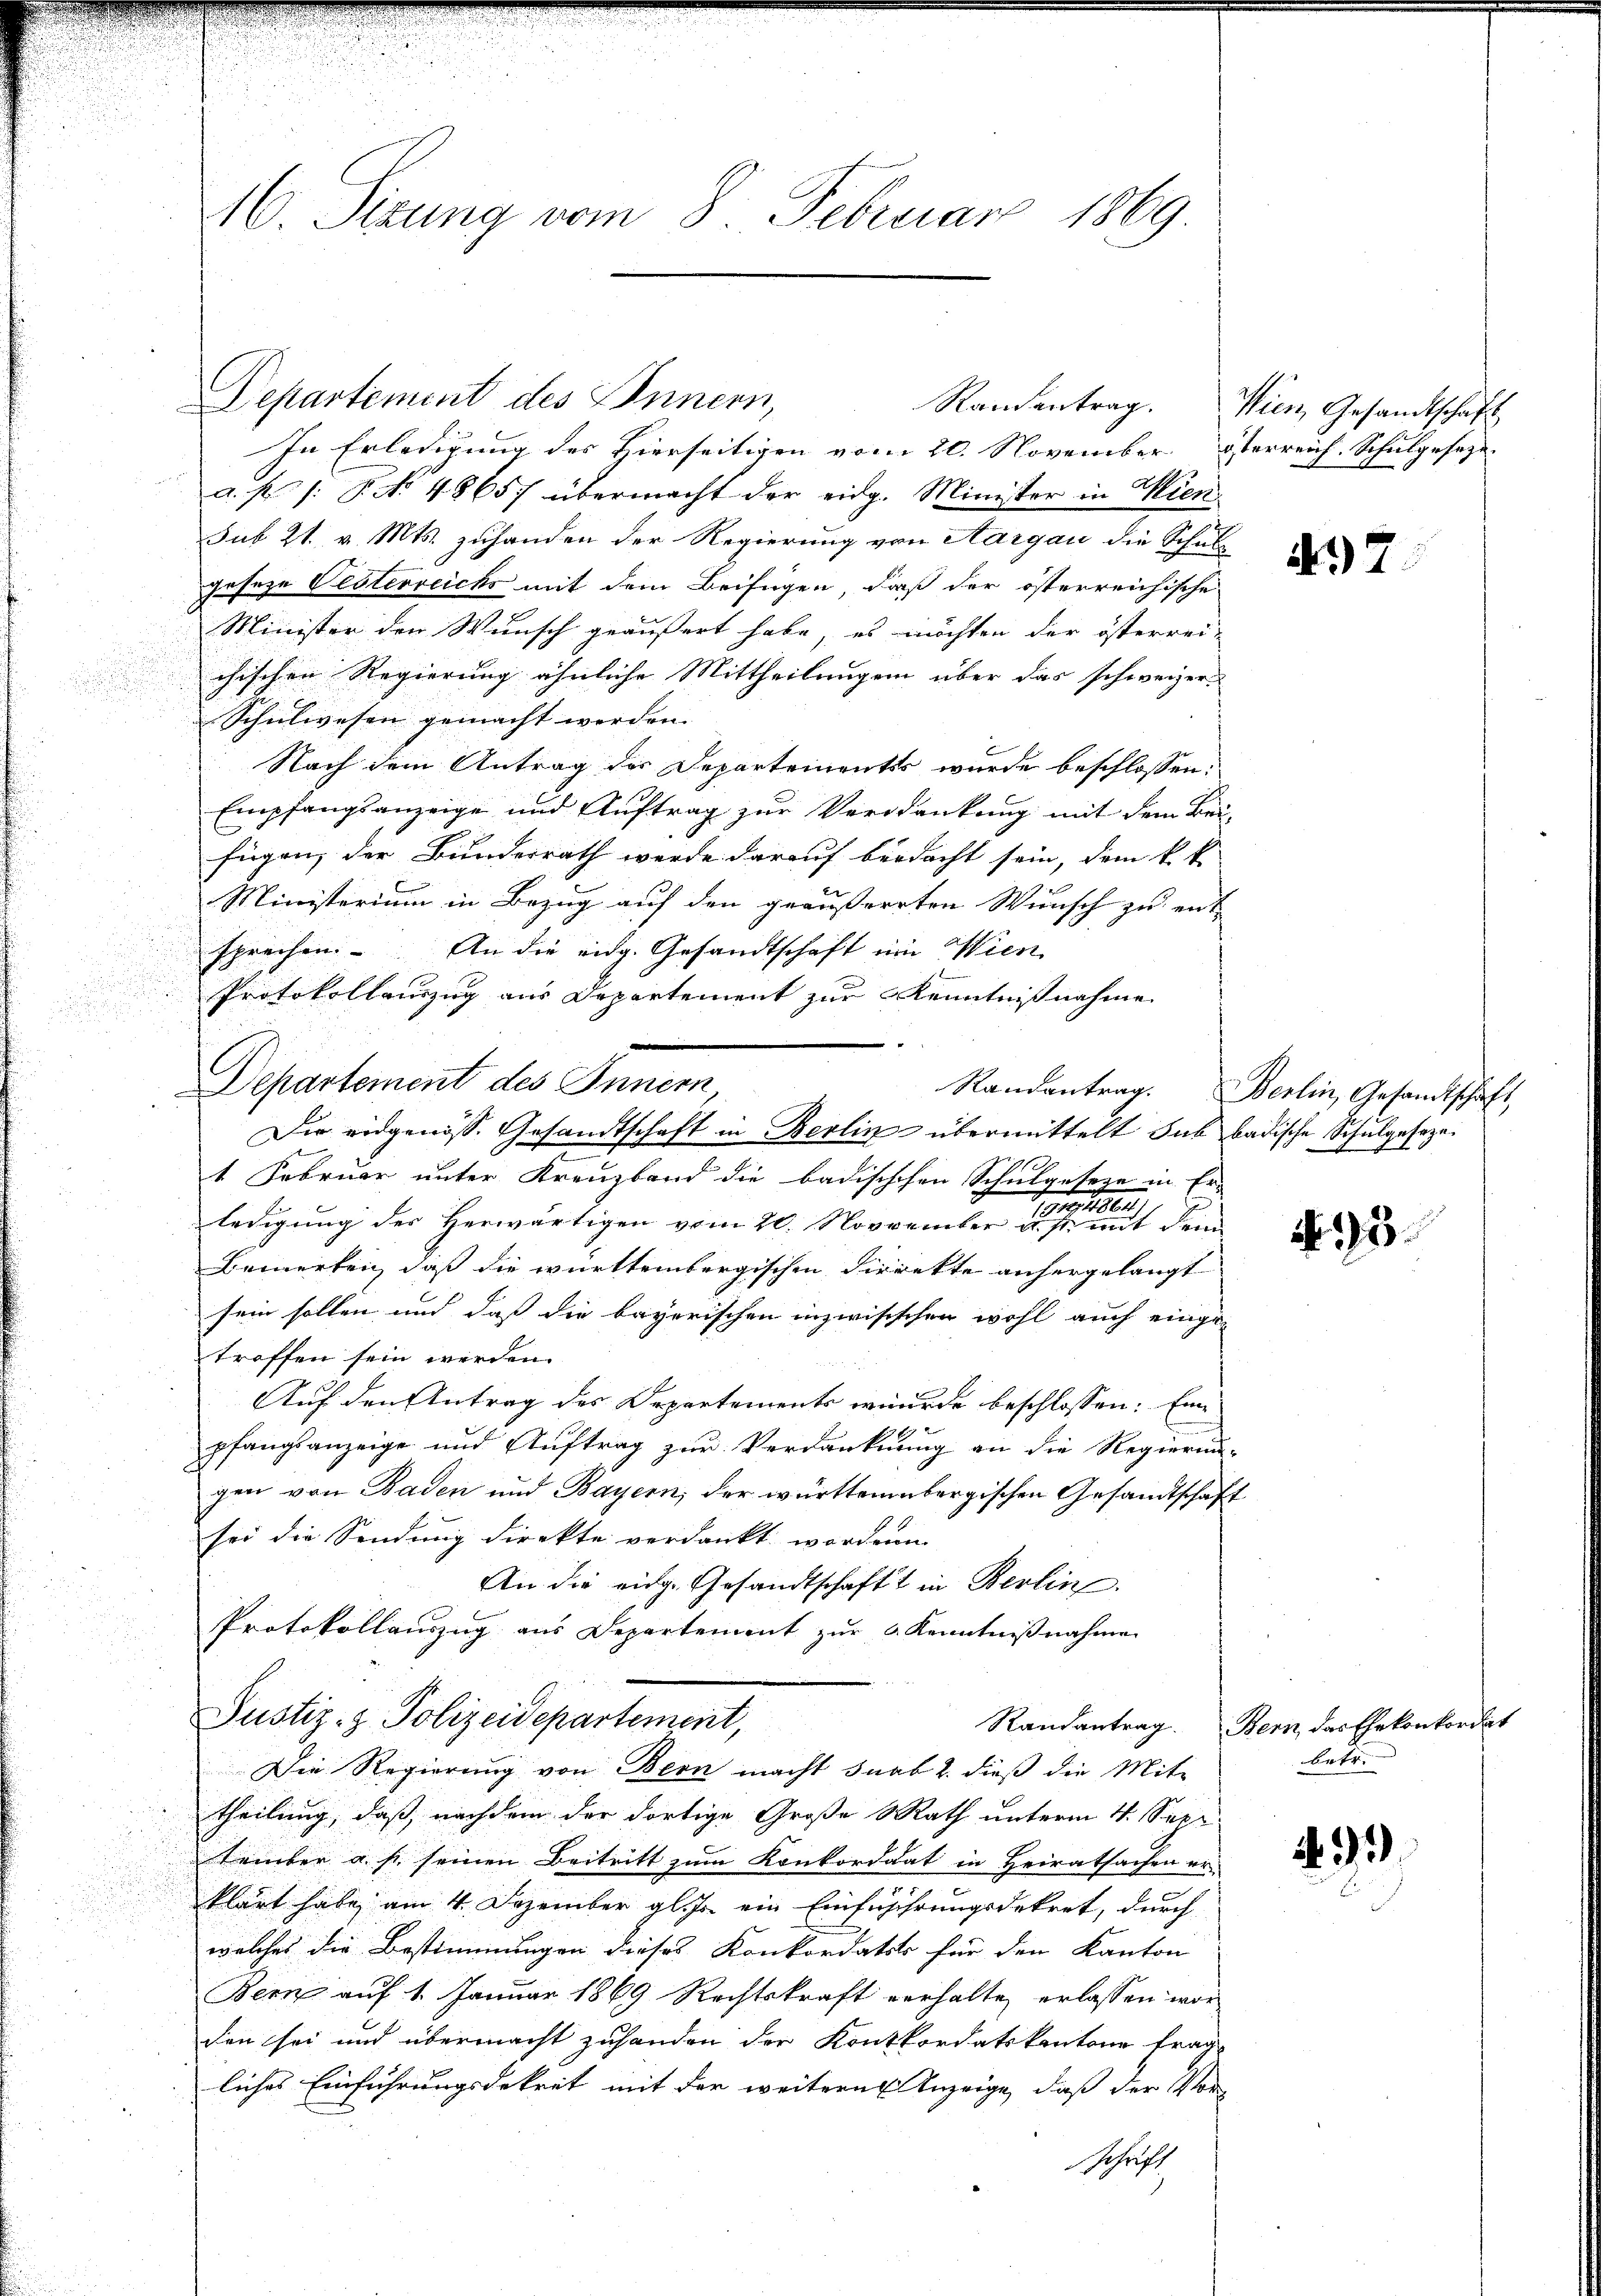
i
d

16. Sizung vom 8. Februar 1869

Departement des Innern,
Randentrag.

In Erledigung des Hierseitigen vom 20. November Österreich. Schulgesetze
a. p. /: No 48657 übermacht der eidg. Minister in Wien
sub 21. v. Mts. zuhanden der Regierung von Aargau die Schul-
geseze Oesterreichs mit dem Beifügen, daß der österreichische
Minister den Wunsch geäußert habe, es möchten der österrei-
chischen Regierung ähnliche Mittheilungen über das schweizer-
Schulwesen gemacht werden. |
Nach dem Antrag der Departementes wurde beschlossen:
Empfangsanzeige und Auftrag zur Verdankung mit dem Bei-
fügen, der Bundesrath werde darauf berdacht sein, dem k. k.
Ministerium in Bezug auf den geäusserrten Wunsch zu entsprechen. An die eidg. Gesandtschaft ein Wien
Protokollenzug aus Departement zur Kenntnißnahme
Departement des Innern
Die eidgenöss. Gesandtschaft in Berlin übermittelt hab badische Schulgeseze
1 Februar unter Kreuzband die badischchen Schulgeseze in Er-
1
ledigung der Herwärtigen vom 20. November ist mit dem
Bemerken, daß die württembergischen Direkte anhergelangt
sein sollen und daß die bayerischen inzwischehen wohl auch einge-
troffen sein werden.
Auf den Antrag des Departements wurde beschlossen: Eine
pfangsanzeige und Auftrag zur Verdankung an die Regierun-
gen von Baden und Bayern, der württembergischen Gesandtschaft
sei die Sendung direkte verdankt worden.
An die eidg. Gesandtschaft in Berlin.
Protokollauszug aus Departement zur Kenntnißnahmen
Justiz- & Polizeidepartement,
Die Regierung von Bern macht Jnab 2. dieß die Mit-
theilung, daß, nachdem der dortige Große Rath unterm 4. Sepp
tember a. s. seinen Beitritt zum Konkordat in Heiratsachen er-
klärt habe, am 4. Dezember gl. Js. ein Einführungsdekret, durch
welches die Bestimmungen dieses Konkordats für den Kanton
Bern auf 1 Januar 1869 Rechtskraft verhalte, erlassen worden sei und übermacht zuhanden der Konkordatskantone frage
liches Einführungsdekret mit der weitere Anzeige, daß der Vor¬
Schrift

Wien, Gesandtschaft

47

Randantrag. Berlin, Gesandtschaft

3.

Randantrag. Bern, das Ehekonkordat
betr.

.93)